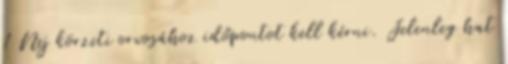
1 Nej körzeti orvosához időpontot kell kérni. Jelenleg hat